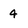
Character: 4